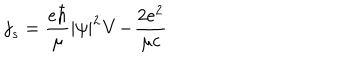
LaTeX: { \bf j } _ { s } = \frac { e \hbar } \mu | \psi | ^ { 2 } { \bf V - } \frac { 2 e ^ { 2 } } { \mu c }